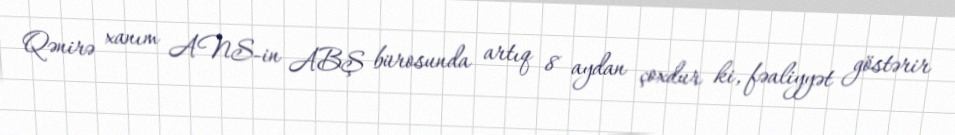
Qənirə xanım ANS-in ABŞ bürosunda artıq 8 aydan çoxdur ki, fəaliyyət göstərir